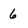
Character: 6